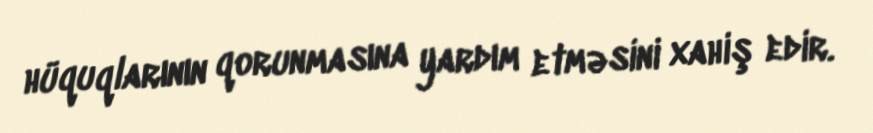
hüquqlarının qorunmasına yardım etməsini xahiş edir.